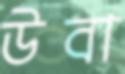
উবা